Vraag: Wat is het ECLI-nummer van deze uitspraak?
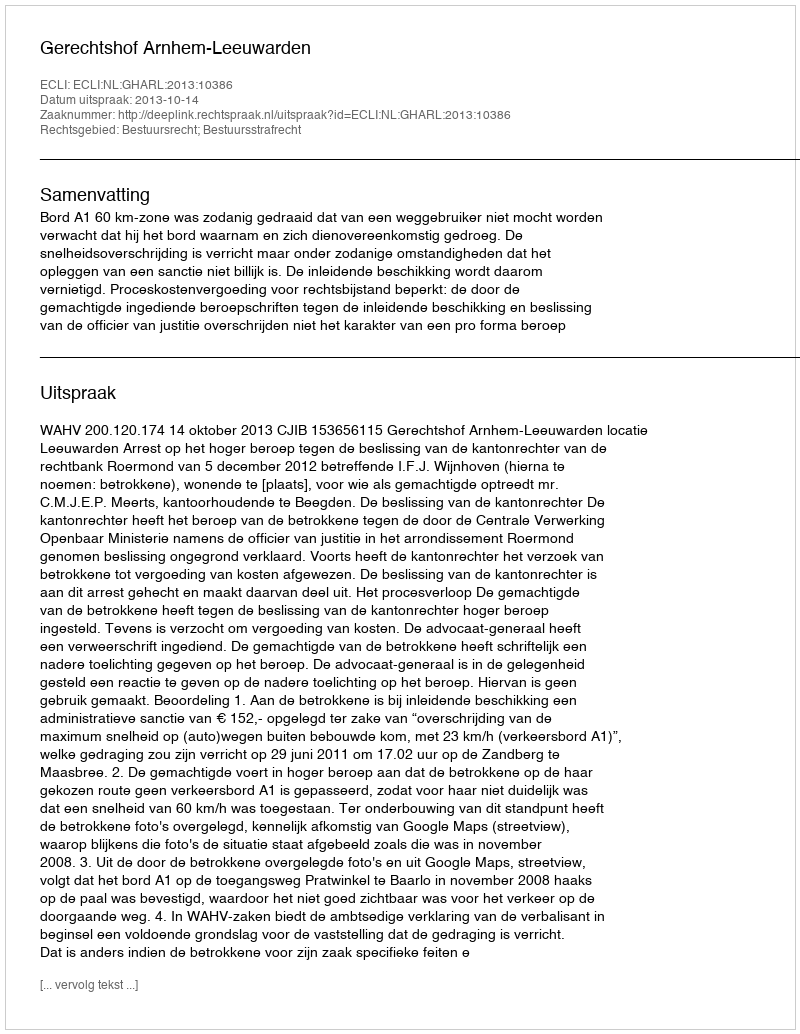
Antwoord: ECLI:NL:GHARL:2013:10386